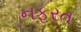
નફરત